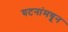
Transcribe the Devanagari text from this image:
घटनांमधून